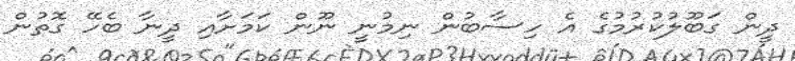
ދީން ގަބޫލުކުރުމުގެ އެ ހިސާބުން ނިމުނީ ނޫން ކަމަށާއި ދީނާ ބެހޭ ގޮތުން